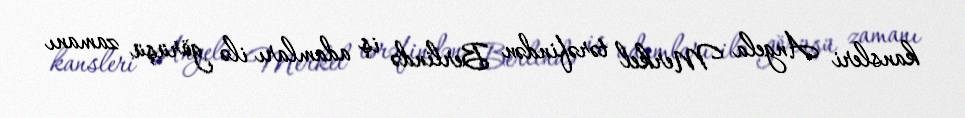
kansleri Angela Merkel tərəfindən Berlində iş adamları ilə görüşü zamanı